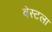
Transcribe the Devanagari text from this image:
वेस्टला